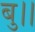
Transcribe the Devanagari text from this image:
बु।।